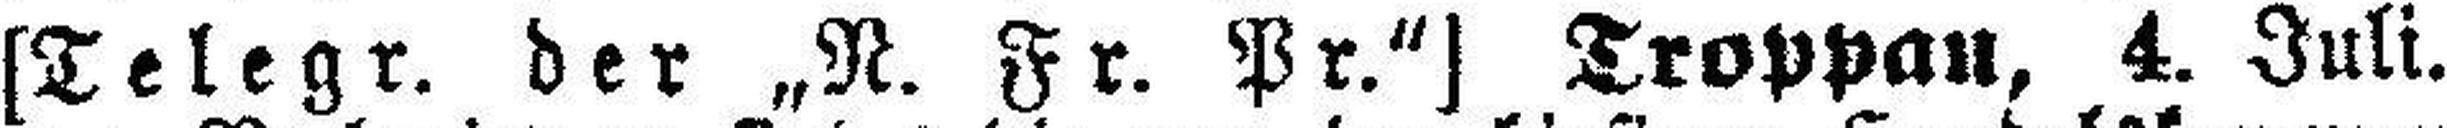
[Telegr. der „N. Fr. Pr.“] Troppau, 4. Juli.